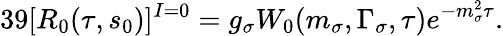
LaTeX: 39[R_{0}(\tau,s_{0})]^{I=0}=g_{\sigma}W_{0}(m_{\sigma},\Gamma_{\sigma},\tau)e^{-m_{\sigma}^{2}\tau}.